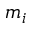
m _ { i }